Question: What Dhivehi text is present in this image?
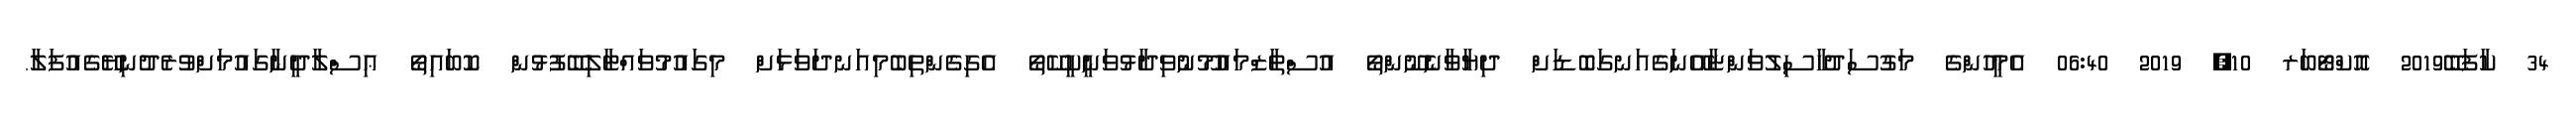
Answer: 34 ކާފަބޭ2019 އޮކްޓޯބަރ 10, 2019 06:40 އެމީހުންގެ މަގުސަދުހާސިލުވަންޏާއޭނަގެއަނގަބޮޑަށް ދިޔާވާނެނޫންތޯ އުސްތާޒްމައުމޫނުވިދާޅުވަނީކީކޭތޯ އެގިގެންތިބެމިއަނދަވަޅަށް މިގައުމުވައްޓާލިބޭފުޅުން ކޮބައިތޯ ޢިސްލާދީނާގައުމަށްވުރެދުނިޔޭގެއުފަލާ.